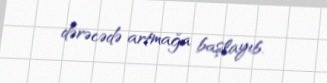
dərəcədə artmağa başlayıb.